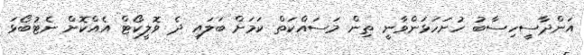
އަންދާސީހިސާބު ހުށަހަޅަންވާނީ ތިން މަސައްކަތް ކަމަށް ބަލައި ދެ ވޮލީކޯޓް އެއްކޮށް ނެޓުބޯޅަ